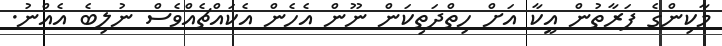
މާކިންގެ ފަރާތުން އީކާ އަށް ހިތްދަތިކަން ނޫން އެހެން އެކައްޗެއްވެސް ނުލިބެ އެއްނު.